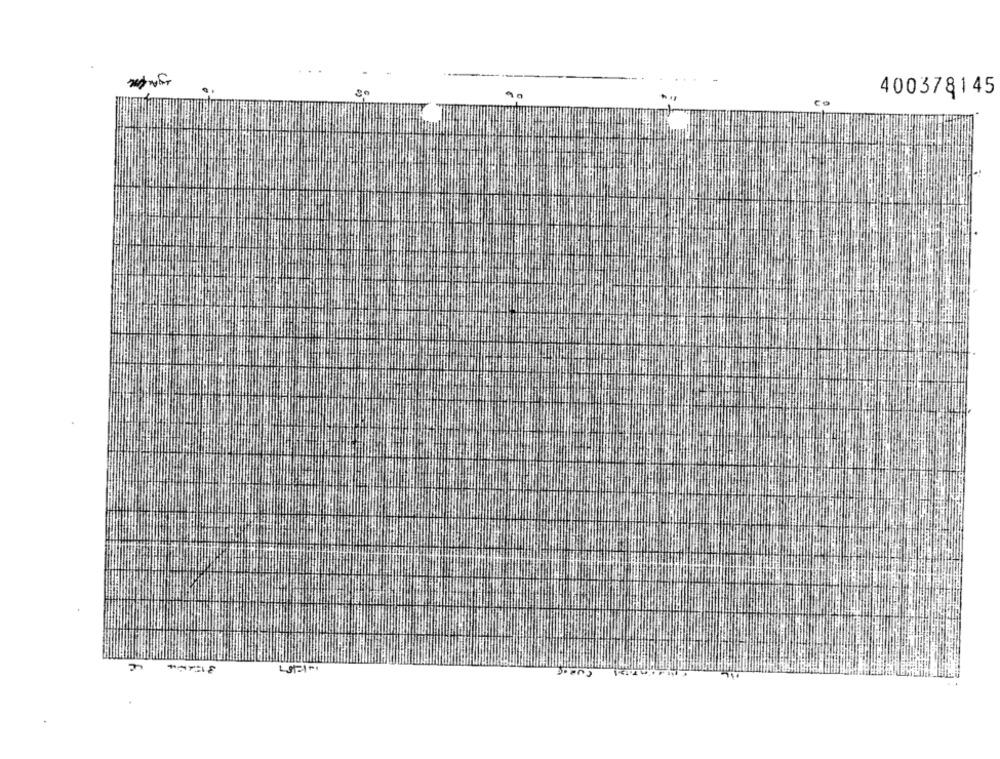
400378145
ع